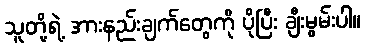
သူတို့ရဲ့ အားနည်းချက်တွေကို ပိုပြီး ချီးမွမ်းပါ။